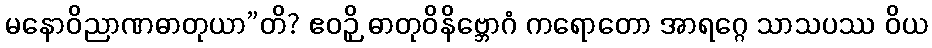
မနောဝိညာဏဓာတုယာ”တိ? ဧဝဉှိ ဓာတုဝိနိဗ္ဘောဂံ ကရောတော အာရဂ္ဂေ သာသပဿ ဝိယ